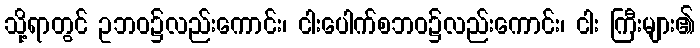
သို့ရာတွင် ဥဘဝ၌လည်းကောင်း၊ ငါးပေါက်စဘဝ၌လည်းကောင်း၊ ငါး ကြီးများ၏